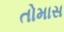
તોમાસ